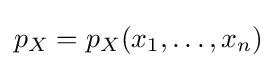
{\textstyle p_{X}=p_{X}(x_{1},\ldots ,x_{n})}